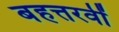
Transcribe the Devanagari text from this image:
बहत्तरवीं